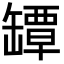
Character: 罈